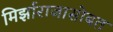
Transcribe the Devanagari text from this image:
मिर्झाराजासोबत